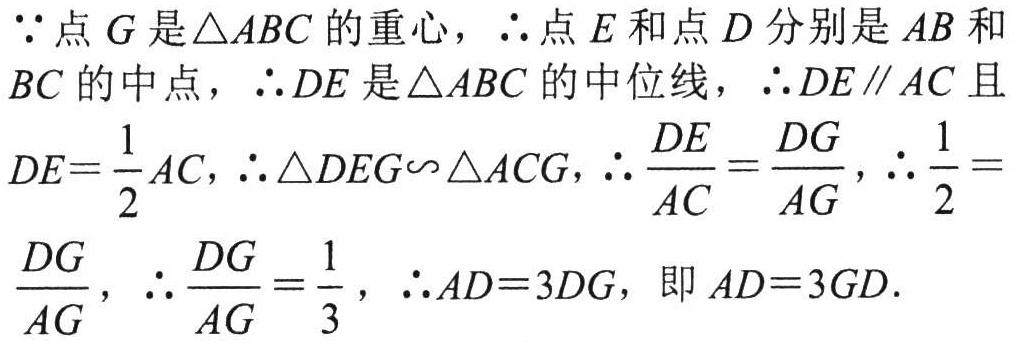
\(\because\)点\(G\)是\(\triangle ABC\)的重心，\(\therefore\)点\(E\)和点\(D\)分别是\(AB\)和\(BC\)的中点，\(\therefore DE\)是\(\triangle ABC\)的中位线，\(\therefore DE\parallel AC\)且\(DE = \dfrac{1}{2}AC\)，\(\therefore \triangle DEG\backsim\triangle ACG\)，\(\therefore \dfrac{DE}{AC}=\dfrac{DG}{AG}\)，\(\therefore \dfrac{1}{2}=\dfrac{DG}{AG}\)，\(\therefore \dfrac{DG}{AG}=\dfrac{1}{3}\)，\(\therefore AD = 3DG\)，即\(AD = 3GD\).